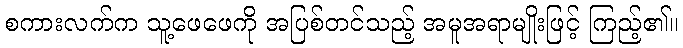
စကားလက်က သူ့ဖေဖေကို အပြစ်တင်သည့် အမူအရာမျိုးဖြင့် ကြည့်၏။